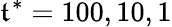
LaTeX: \mathfrak{t}^{*}=100,10,1